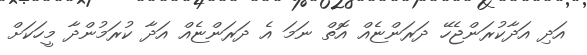
އަދި އަދާކުރަންޖެހޭ ދަރަންޏެއް އޮތް ނަމަ އެ ދަރަންޏެއް އަދާ ކުރަމުންދާ މީހަކަށް